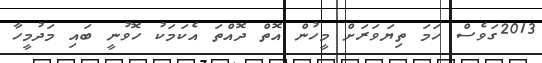
2013ގަވެސް ހަމަ ތިޔަވަރަށް މީހުން އޮތް ދޮއްތަ އެކަމަކު ހޮވުނީ ބައި މަދުމީހާ